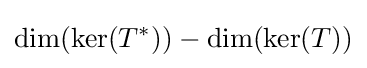
\operatorname {dim} (\operatorname {ker} (T^{*}))-\operatorname {dim} (\operatorname {ker} (T))